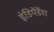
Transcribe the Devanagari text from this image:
इंडिपेंडेंश